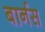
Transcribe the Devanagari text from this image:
बार्नस